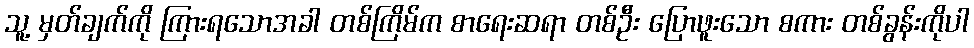
သူ့ မှတ်ချက်ကို ကြားရသောအခါ တစ်ကြိမ်က စာရေးဆရာ တစ်ဦး ပြောဖူးသော စကား တစ်ခွန်းကိုပါ